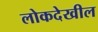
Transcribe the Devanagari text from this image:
लोकदेखील